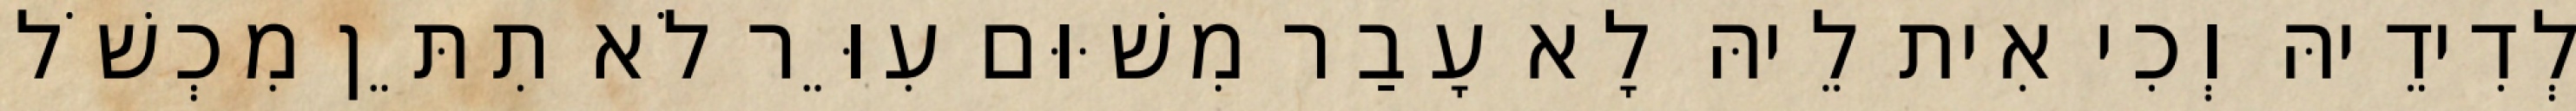
לְדִידֵיהּ וְכִי אִית לֵיהּ לָא עָבַר מִשּׁוּם עִוֵּר לֹא תִתֵּן מִכְשֹׁל